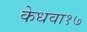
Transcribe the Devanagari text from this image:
केधवा१७